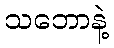
သဘောနဲ့